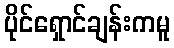
ပိုင်ရှောင်ချန်းကမူ